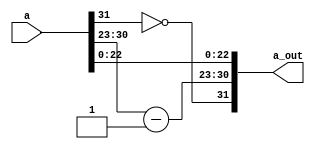
`timescale 1ns / 1ps
//////////////////////////////////////////////////////////////////////////////////
// Company: 
// Engineer: 
// 
// Design Name: 
// Module Name:    mul 
// Project Name: 
// Target Devices: 
// Tool versions: 
// Description: 
//
// Dependencies: 
//
// Revision: 
// Revision 0.01 - File Created
// Additional Comments: 
//
//////////////////////////////////////////////////////////////////////////////////
module mul(
    input [31:0] a,
    output [31:0] a_out
    );
assign a_out[31]=~a[31];
assign a_out[30:23]=a[30:23]-8'b00000001;
assign a_out[22:0]=a[22:0];

endmodule